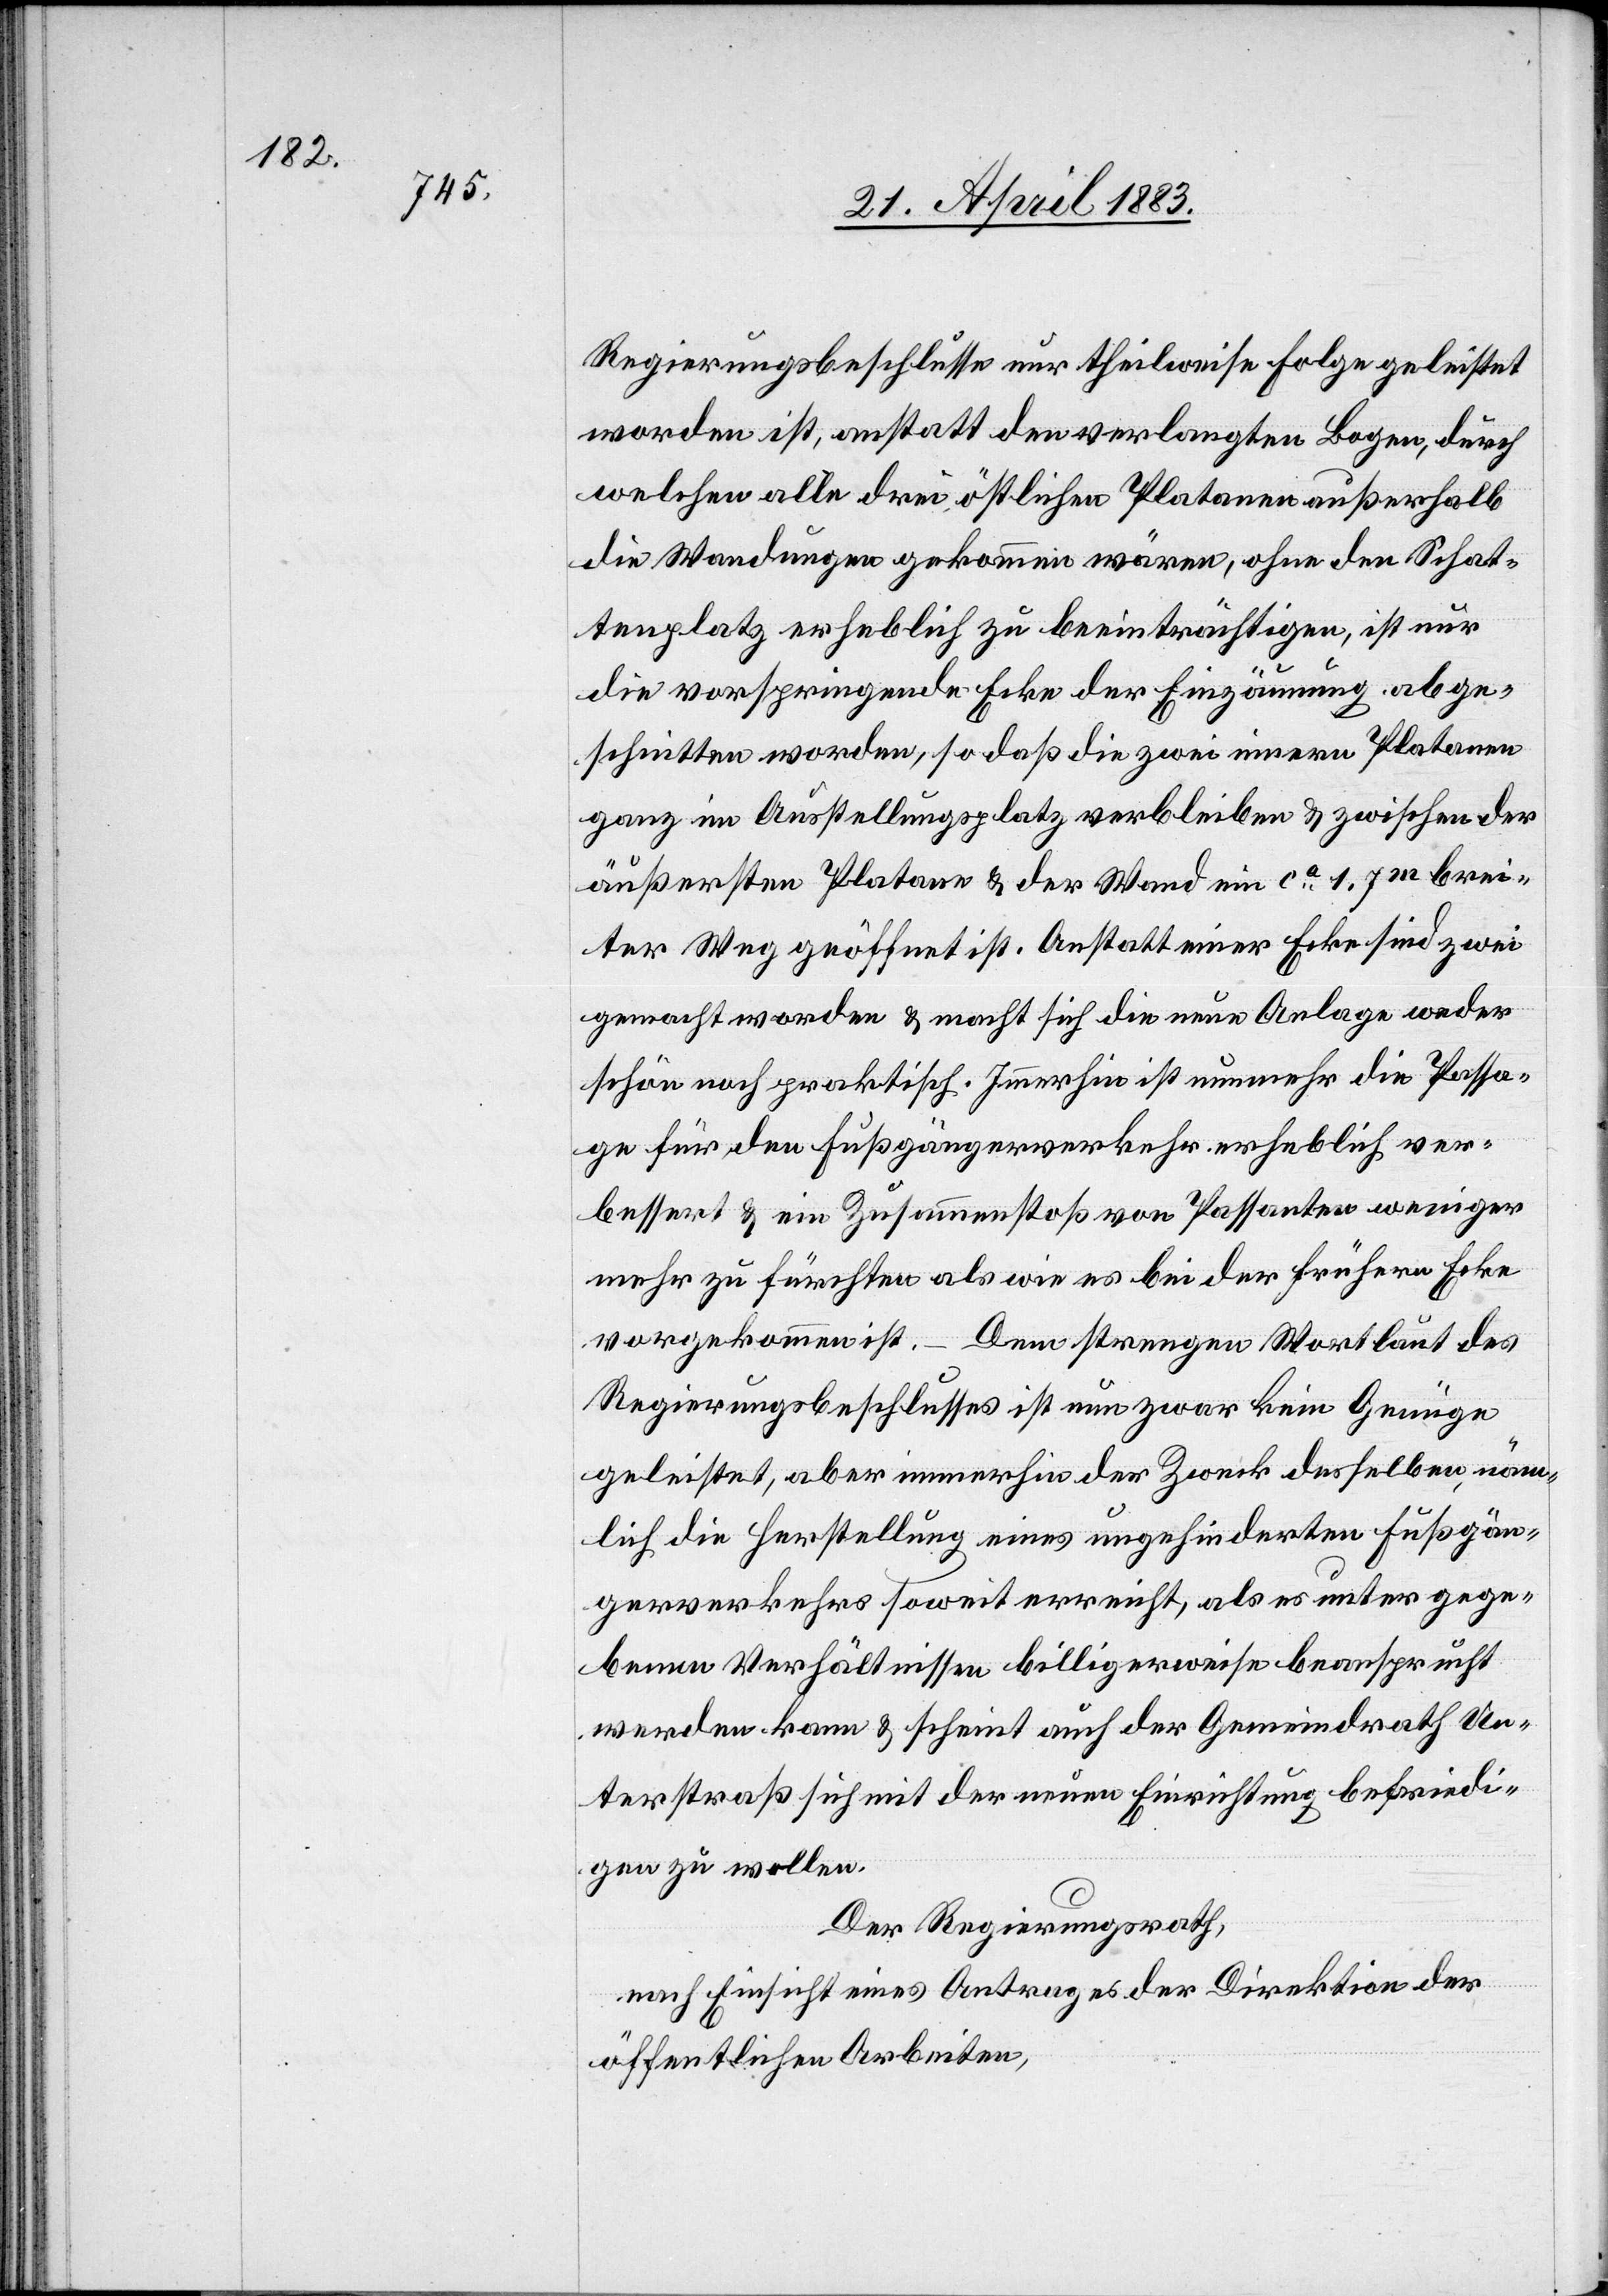
Regierungsbeschlusse nur theilweise Folge geleistet
worden ist, anstatt den verlangten Bogen, durch
welchen alle drei östlichen Platanen außerhalb
die Wandungen gekommen wären, ohne den Schat¬
tenplatz erheblich zu beeinträchtigten, ist nur
die vorspringende Ecke der Einzäumung abge¬
schnitten worden, so daß die zwei innern Platanen
ganz im Ausstellungsplatz verbleiben & zwischen der
äußersten Platane & der Wand ein ca 1.7m brei¬
ter Weg geöffnet ist. Anstatt einer Ecke sind zwei
gemacht worden & macht sich die neue Anlage weder
schön noch praktisch. Immerhin ist nunmehr die Passa¬
ge für den Fußgängerverkehr erheblich ver¬
bessert & ein Zusammenstoß von Passanten weniger
mehr zu fürchten als wie es bei der frühern Ecke
vorgekommen ist.
Dem strengen Wortlaut des
Regierungsbeschlusses ist nun zwar kein Genüge
geleistet, aber immerhin der Zweck desselben, näm¬
lich die Herstellung eines ungehinderten Fußgän¬
gerverkehrs soweit erreicht, als es unter gege¬
benen Verhältnissen billigerweise beansprucht
werden kann & scheint auch der Gemeindrath Un¬
terstraß sich mit der neuen Einrichtung befriedi¬
gen zu wollen.
Der Regierungsrath,
nach Einsicht eines Antrages der Direktion der
öffentlichen Arbeiten,